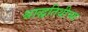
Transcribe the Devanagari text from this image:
श्राद्धतिथीच्या